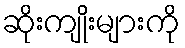
ဆိုးကျိုးများကို